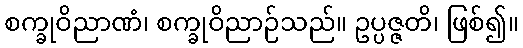
စက္ခုဝိညာဏံ၊ စက္ခုဝိညာဉ်သည်။ ဥပ္ပဇ္ဇတိ၊ ဖြစ်၍။